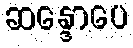
ဆန္ဒောပေ